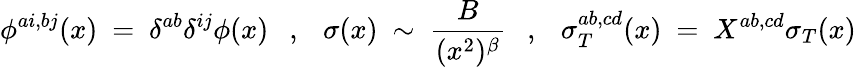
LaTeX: \phi^{ai,bj}(x)~=~\delta^{ab}\delta^{ij}\phi(x)~~~,~~~\sigma(x)~\sim~\frac{B}{(x^{2})^{\beta}}~~~,~~~\sigma_{T}^{ab,cd}(x)~=~X^{ab,cd}\sigma_{T}(x)